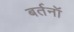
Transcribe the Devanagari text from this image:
बर्तनॉ